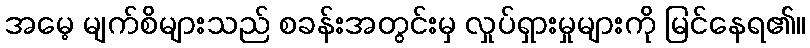
အမေ့ မျက်စိများသည် စခန်းအတွင်းမှ လှုပ်ရှားမှုများကို မြင်နေရ၏။